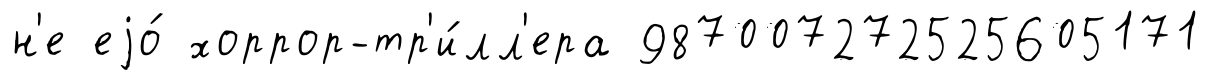
н'е еjо́ хоррор-тр'и́лл'ера 987007272525605171